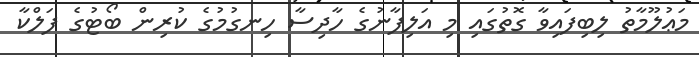
މަޢުލޫމާތު ލިބިފައިވާ ގޮތުގައި މި އަލިފާނުގެ ހާދިސާ ހިނގުމުގެ ކުރިން ބޯޓުގެ ފަލްކާ